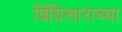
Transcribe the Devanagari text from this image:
बिंबिसाराच्या